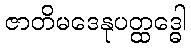
ဇာတိမဒေနုပတ္ထဒ္ဓေါ